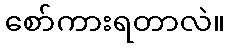
စော်ကားရတာလဲ။